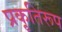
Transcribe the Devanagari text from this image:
प्रकृतिरूप